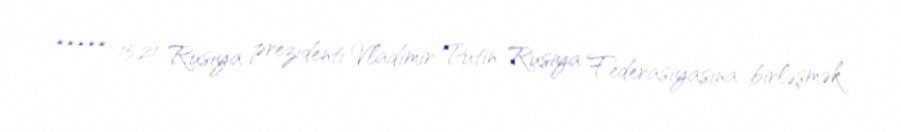
***** 15.21 Rusiya prezidenti Vladimir Putin Rusiya Federasiyasına birləşmək